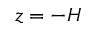
z = - H